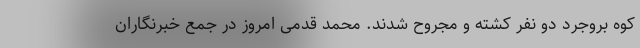
کوه بروجرد دو نفر کشته و مجروح شدند. محمد قدمی امروز در جمع خبرنگاران